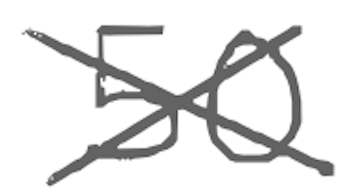
Text: 50
Cross-out: cross
Writing tool: digital_gray